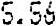
5.56